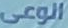
الوعى